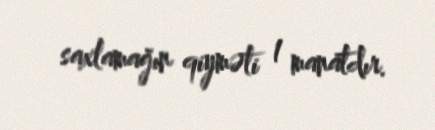
saxlamağın qiyməti 1 manatdır.